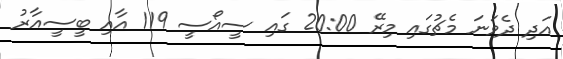
އަދި ދެވަނަ މެޗުގައި މިރޭ 20:00 ގައި ސީއޯސީ 119 އާއި ބީސީއާރު